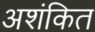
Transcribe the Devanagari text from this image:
अशंकित